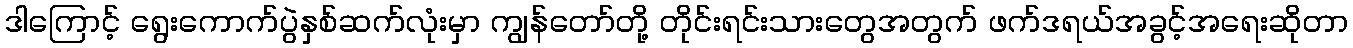
ဒါကြောင့် ရွေးကောက်ပွဲနှစ်ဆက်လုံးမှာ ကျွန်တော်တို့ တိုင်းရင်းသားတွေအတွက် ဖက်ဒရယ်အခွင့်အရေးဆိုတာ